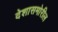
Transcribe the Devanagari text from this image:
देशासमोरील